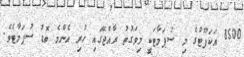
8500 އަކަފޫޓުގެ މި ސުޕަމާޓަކީ މިވަގުތު ރާއްޖޭގައި ހުރި އެންމެ ބޮޑު ސުޕަމާޓެވެ.